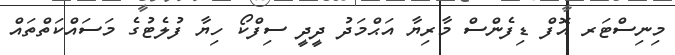
މިނިސްޓަރ އޮފް ޑިފެންސް މާރިޔާ އަޙްމަދު ދީދީ ސިފްކޯ ހިޔާ ފުލެޓުގެ މަސައްކަތްތައް